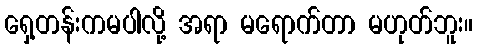
ရှေ့တန်းကမပါလို့ အရာ မရောက်တာ မဟုတ်ဘူး။